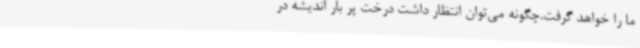
ما را خواهد گرفت.چگونه می‌توان انتظار داشت درخت پر بار اندیشه در